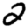
Digit: 2